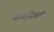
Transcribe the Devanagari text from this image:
संस्थानिकांना